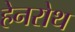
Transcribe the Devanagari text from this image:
हेनरोथ